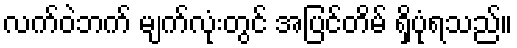
လက်ဝဲဘက် မျက်လုံးတွင် အပြင်တိမ် ရှိပုံရသည်။